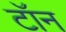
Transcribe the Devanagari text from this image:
टॉन